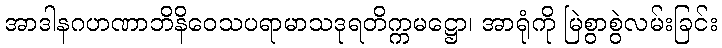
အာဒါနဂဟဏာဘိနိဝေသပရာမာသဒုရတိက္ကမဋ္ဌော၊ အာရုံကို မြဲစွာစွဲလမ်းခြင်း